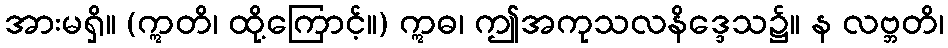
အားမရှိ။ (ဣတိ၊ ထို့ကြောင့်။) ဣဓ၊ ဤအကုသလနိဒ္ဒေသ၌။ န လဗ္ဘတိ၊